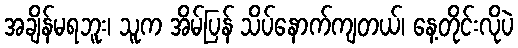
အချိန်မရဘူး၊ သူက အိမ်ပြန် သိပ်နောက်ကျတယ်၊ နေ့တိုင်းလိုပဲ